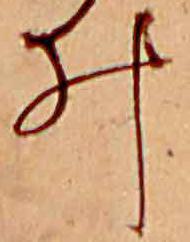
ゐ